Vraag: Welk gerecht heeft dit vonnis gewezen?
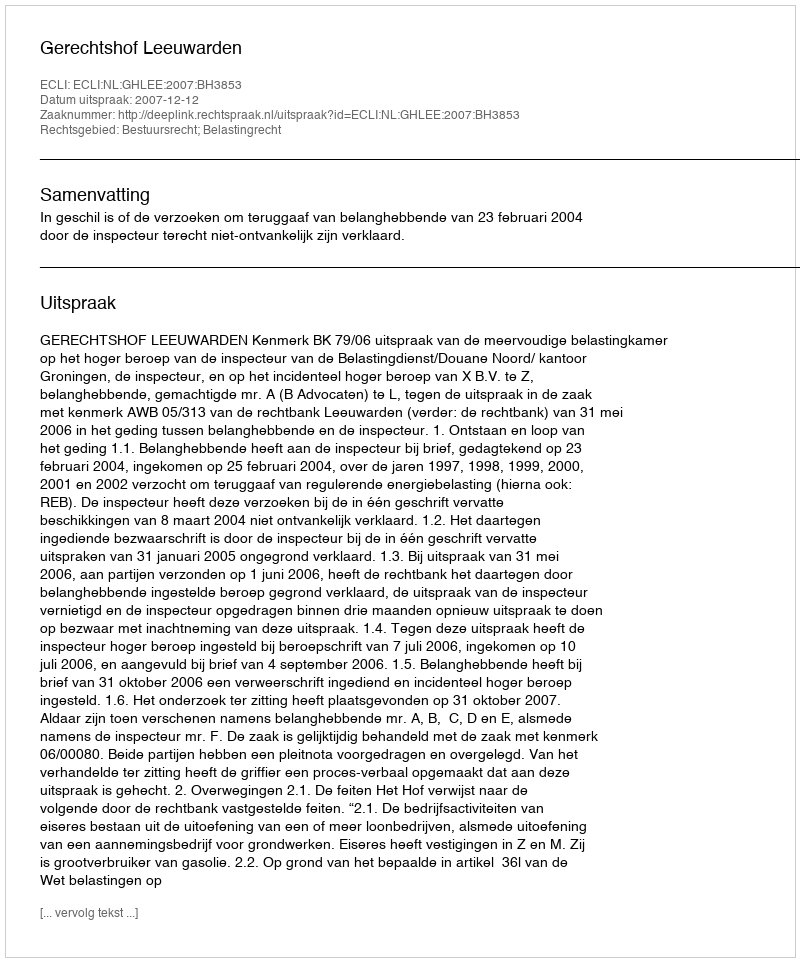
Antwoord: Gerechtshof Leeuwarden